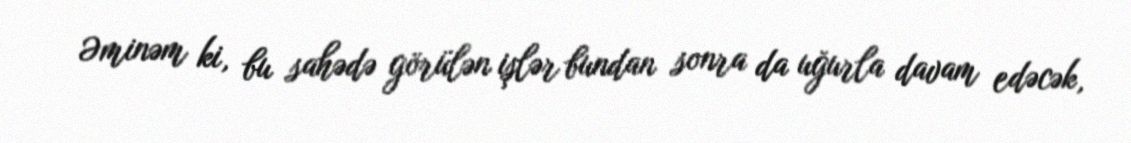
Əminəm ki, bu sahədə görülən işlər bundan sonra da uğurla davam edəcək,